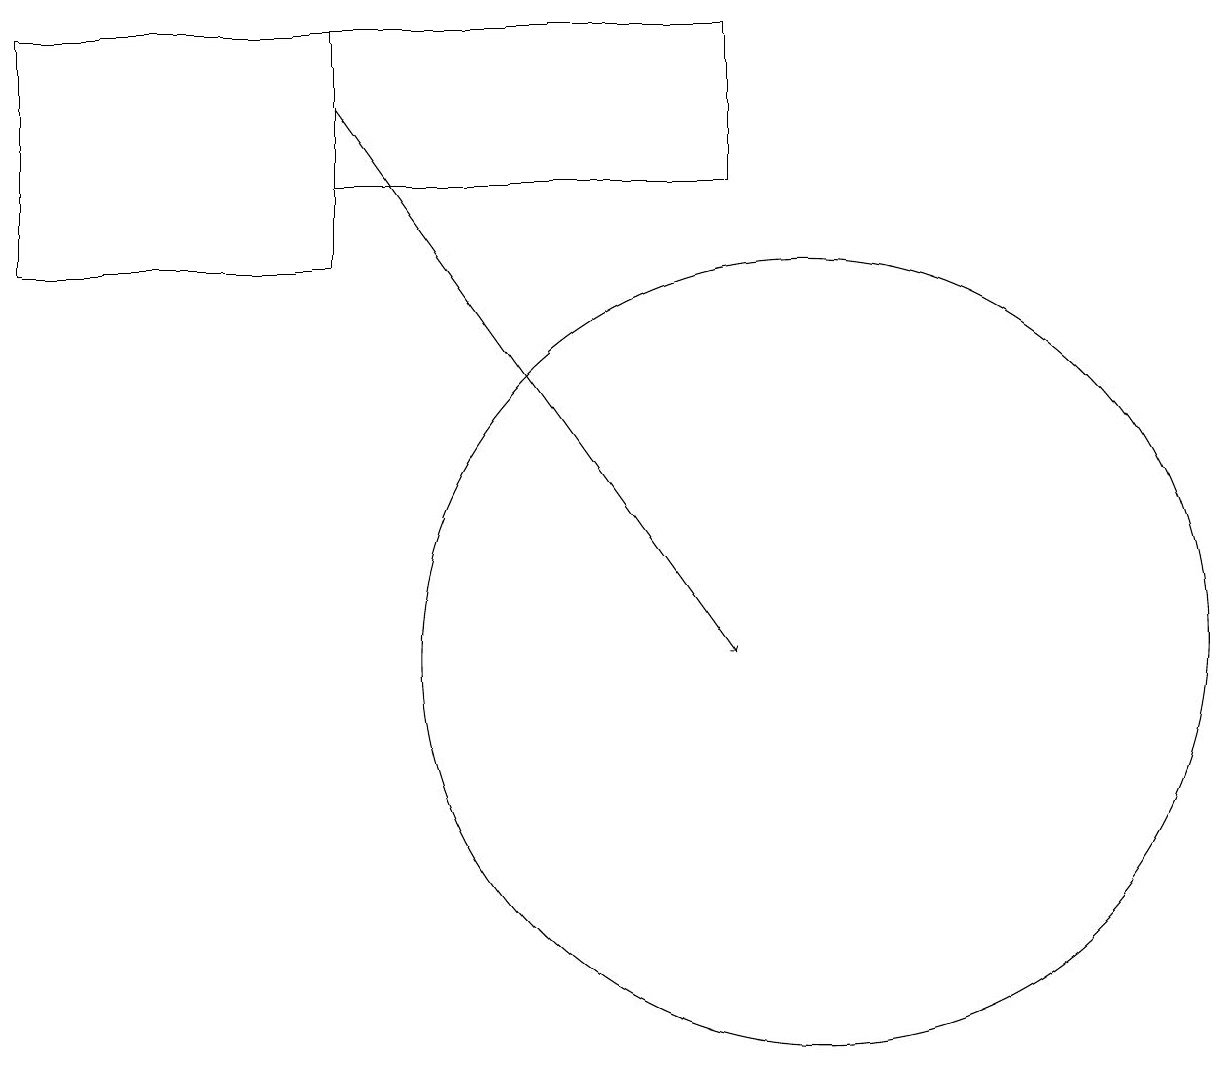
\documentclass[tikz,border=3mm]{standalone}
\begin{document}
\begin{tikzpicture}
\draw[->] (4,17) -- (9,10);
\draw (10,10) circle (5);
\draw (4,16) rectangle (9,18);
\draw (4,18) rectangle (0,15);
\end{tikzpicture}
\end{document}